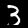
Digit: 3